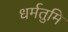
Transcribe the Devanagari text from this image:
धर्मतुमि